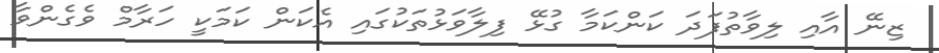
ޒިނޭ އާއި ލިވާތުފަދަ ކަންކަމާ ގުޅޭ ފިލާވަޅުތަކުގައި އެކަން ކަމަކީ ހަރާމް ވެގެންވާ